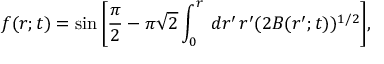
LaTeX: f ( r ; t ) = \sin \bigg [ \frac { \pi } { 2 } - \pi \sqrt { 2 } \int _ { 0 } ^ { r } \, d r ^ { \prime } \, r ^ { \prime } ( 2 B ( r ^ { \prime } ; t ) ) ^ { 1 / 2 } \bigg ] ,